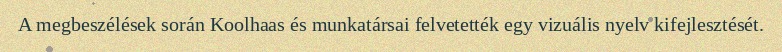
A megbeszélések során Koolhaas és munkatársai felvetették egy vizuális nyelv kifejlesztését.